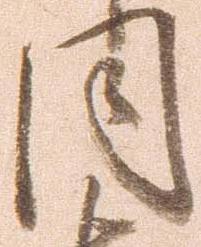
同